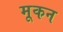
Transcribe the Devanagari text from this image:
मूकन